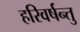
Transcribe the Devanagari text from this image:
हरिवर्षन्तु